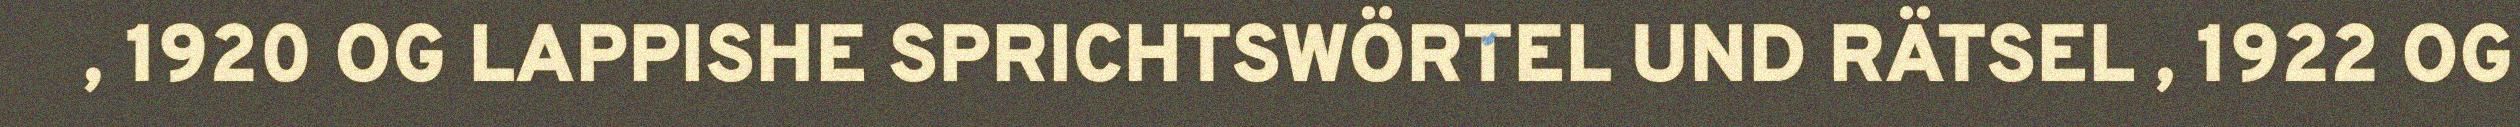
, 1920 OG LAPPISHE SPRICHTSWÖRTEL UND RÄTSEL , 1922 OG